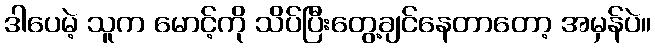
ဒါပေမဲ့ သူက မောင့်ကို သိပ်ပြီးတွေ့ချင်နေတာတော့ အမှန်ပဲ။